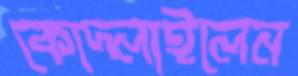
কোদ্‌লাইলেন